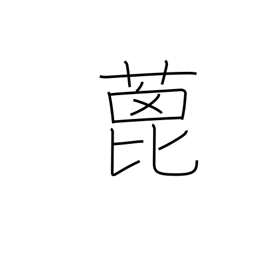
Meaning: castor-oil plant